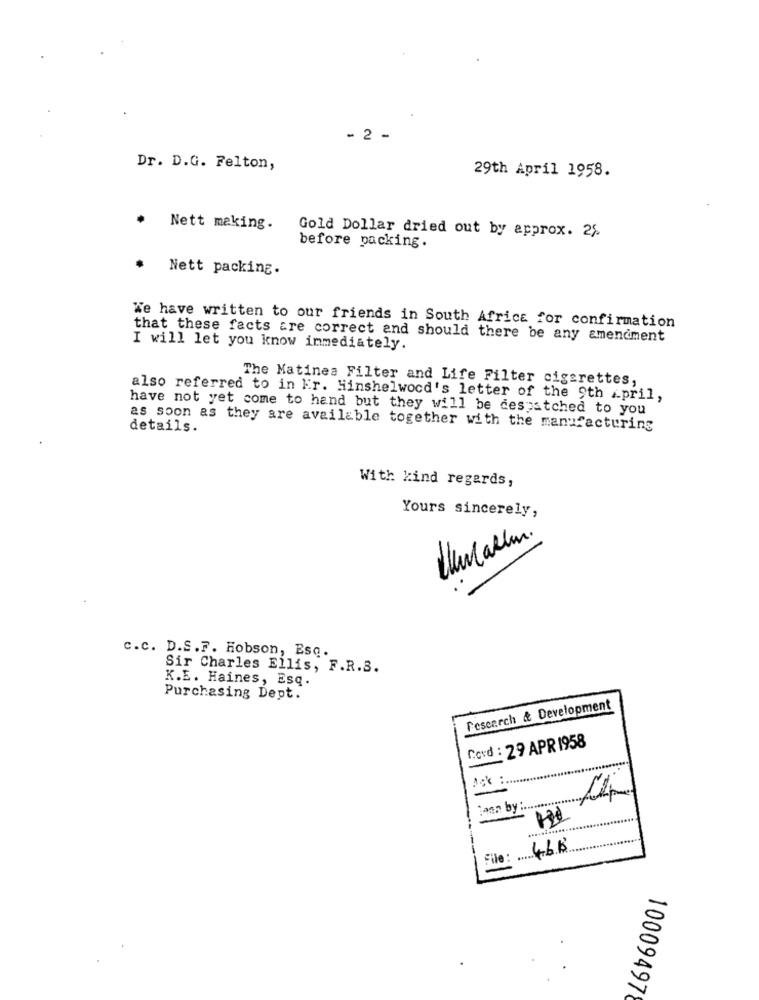
- 2 -
Dr. D.G. Felton,
29th April 1958.
Nett making.
Gold Dollar dried out by approx. 25.
before packing.
Nett packing.
We have written to our friends in South Africa for confirmation
that these facts are correct and should there be any amendment
I will let you know immediately.
The Matines Filter and Life Filter cigarettes,
also referred to in Er. Hinshelwood's letter of the 9th April,
have not yet come to hand but they will be despatched to you
details.
as soon as they are available together with the manufacturing
With kind regards,
Yours sincerely,
c.c. D.S.F. Hobson, Esq.
Sir Charles Ellis, F.R.S.
K.E. Haines, Esq.
Purchasing Dept.
research & Development
Cord : 29 APR 1958
Ack :
tann by :.........
File: 466
10009497